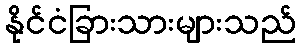
နိုင်ငံခြားသားများသည်